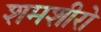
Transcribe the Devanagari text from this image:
शमशीरो